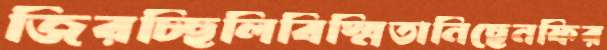
জিরচ্ছিলিবিস্মিতানিছেনফির